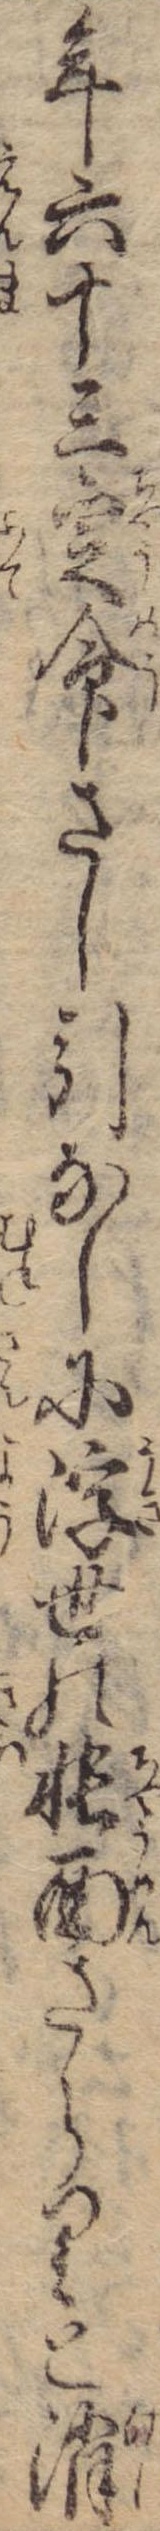
年六十三定命さし引なしに浮世の帳面さらりと消